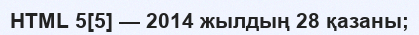
HTML 5[5] — 2014 жылдың 28 қазаны;